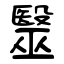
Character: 毉